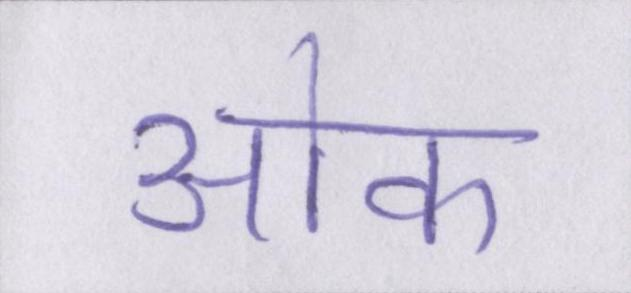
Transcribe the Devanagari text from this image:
ओक